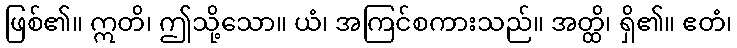
ဖြစ်၏။ ဣတိ၊ ဤသို့သော။ ယံ၊ အကြင်စကားသည်။ အတ္ထိ၊ ရှိ၏။ ဧတံ၊